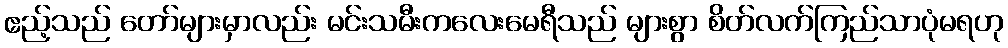
ဧည့်သည် တော်များမှာလည်း မင်းသမီးကလေးမေရီသည် များစွာ စိတ်လက်ကြည်သာပုံမရဟု